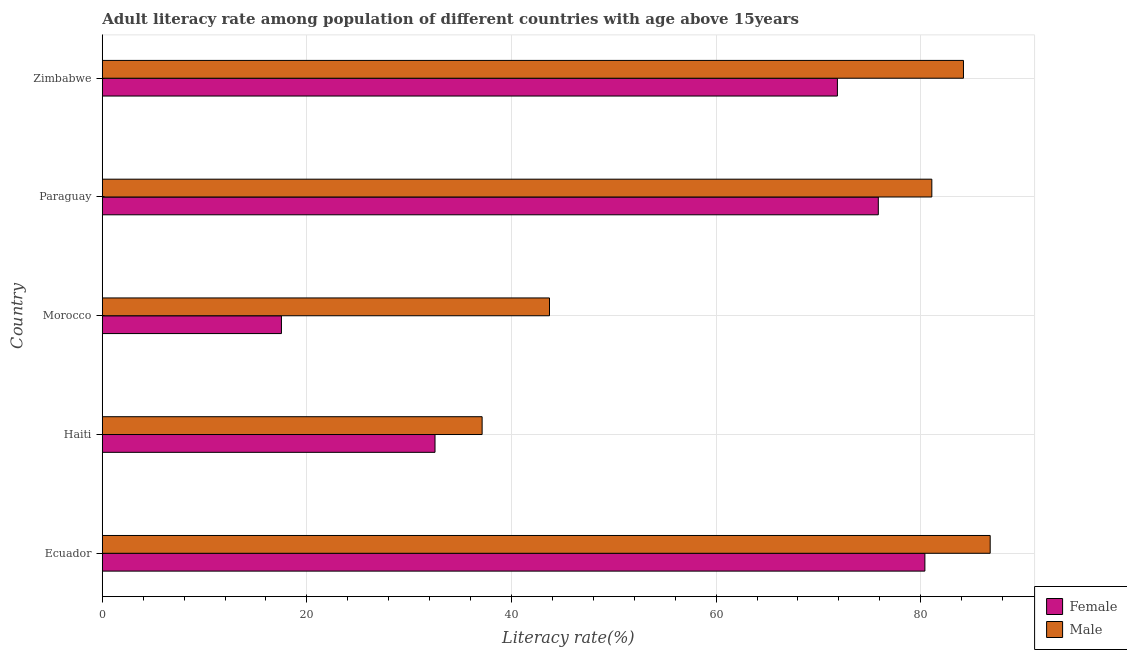
| Country | Female | Male |
 | --- | --- | --- |
 | Ecuador | 80.4 | 86.8 |
 | Haiti | 32.5 | 37.1 |
 | Morocco | 17.5 | 43.7 |
 | Paraguay | 75.9 | 81.1 |
 | Zimbabwe | 71.9 | 84.2 |